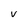
Character: v